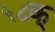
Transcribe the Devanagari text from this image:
५८क्